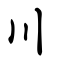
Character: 川